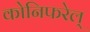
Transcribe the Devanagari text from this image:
कोनिफरेल्